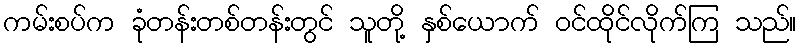
ကမ်းစပ်က ခုံတန်းတစ်တန်းတွင် သူတို့ နှစ်ယောက် ဝင်ထိုင်လိုက်ကြ သည်။